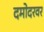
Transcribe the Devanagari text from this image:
दमोदरवर